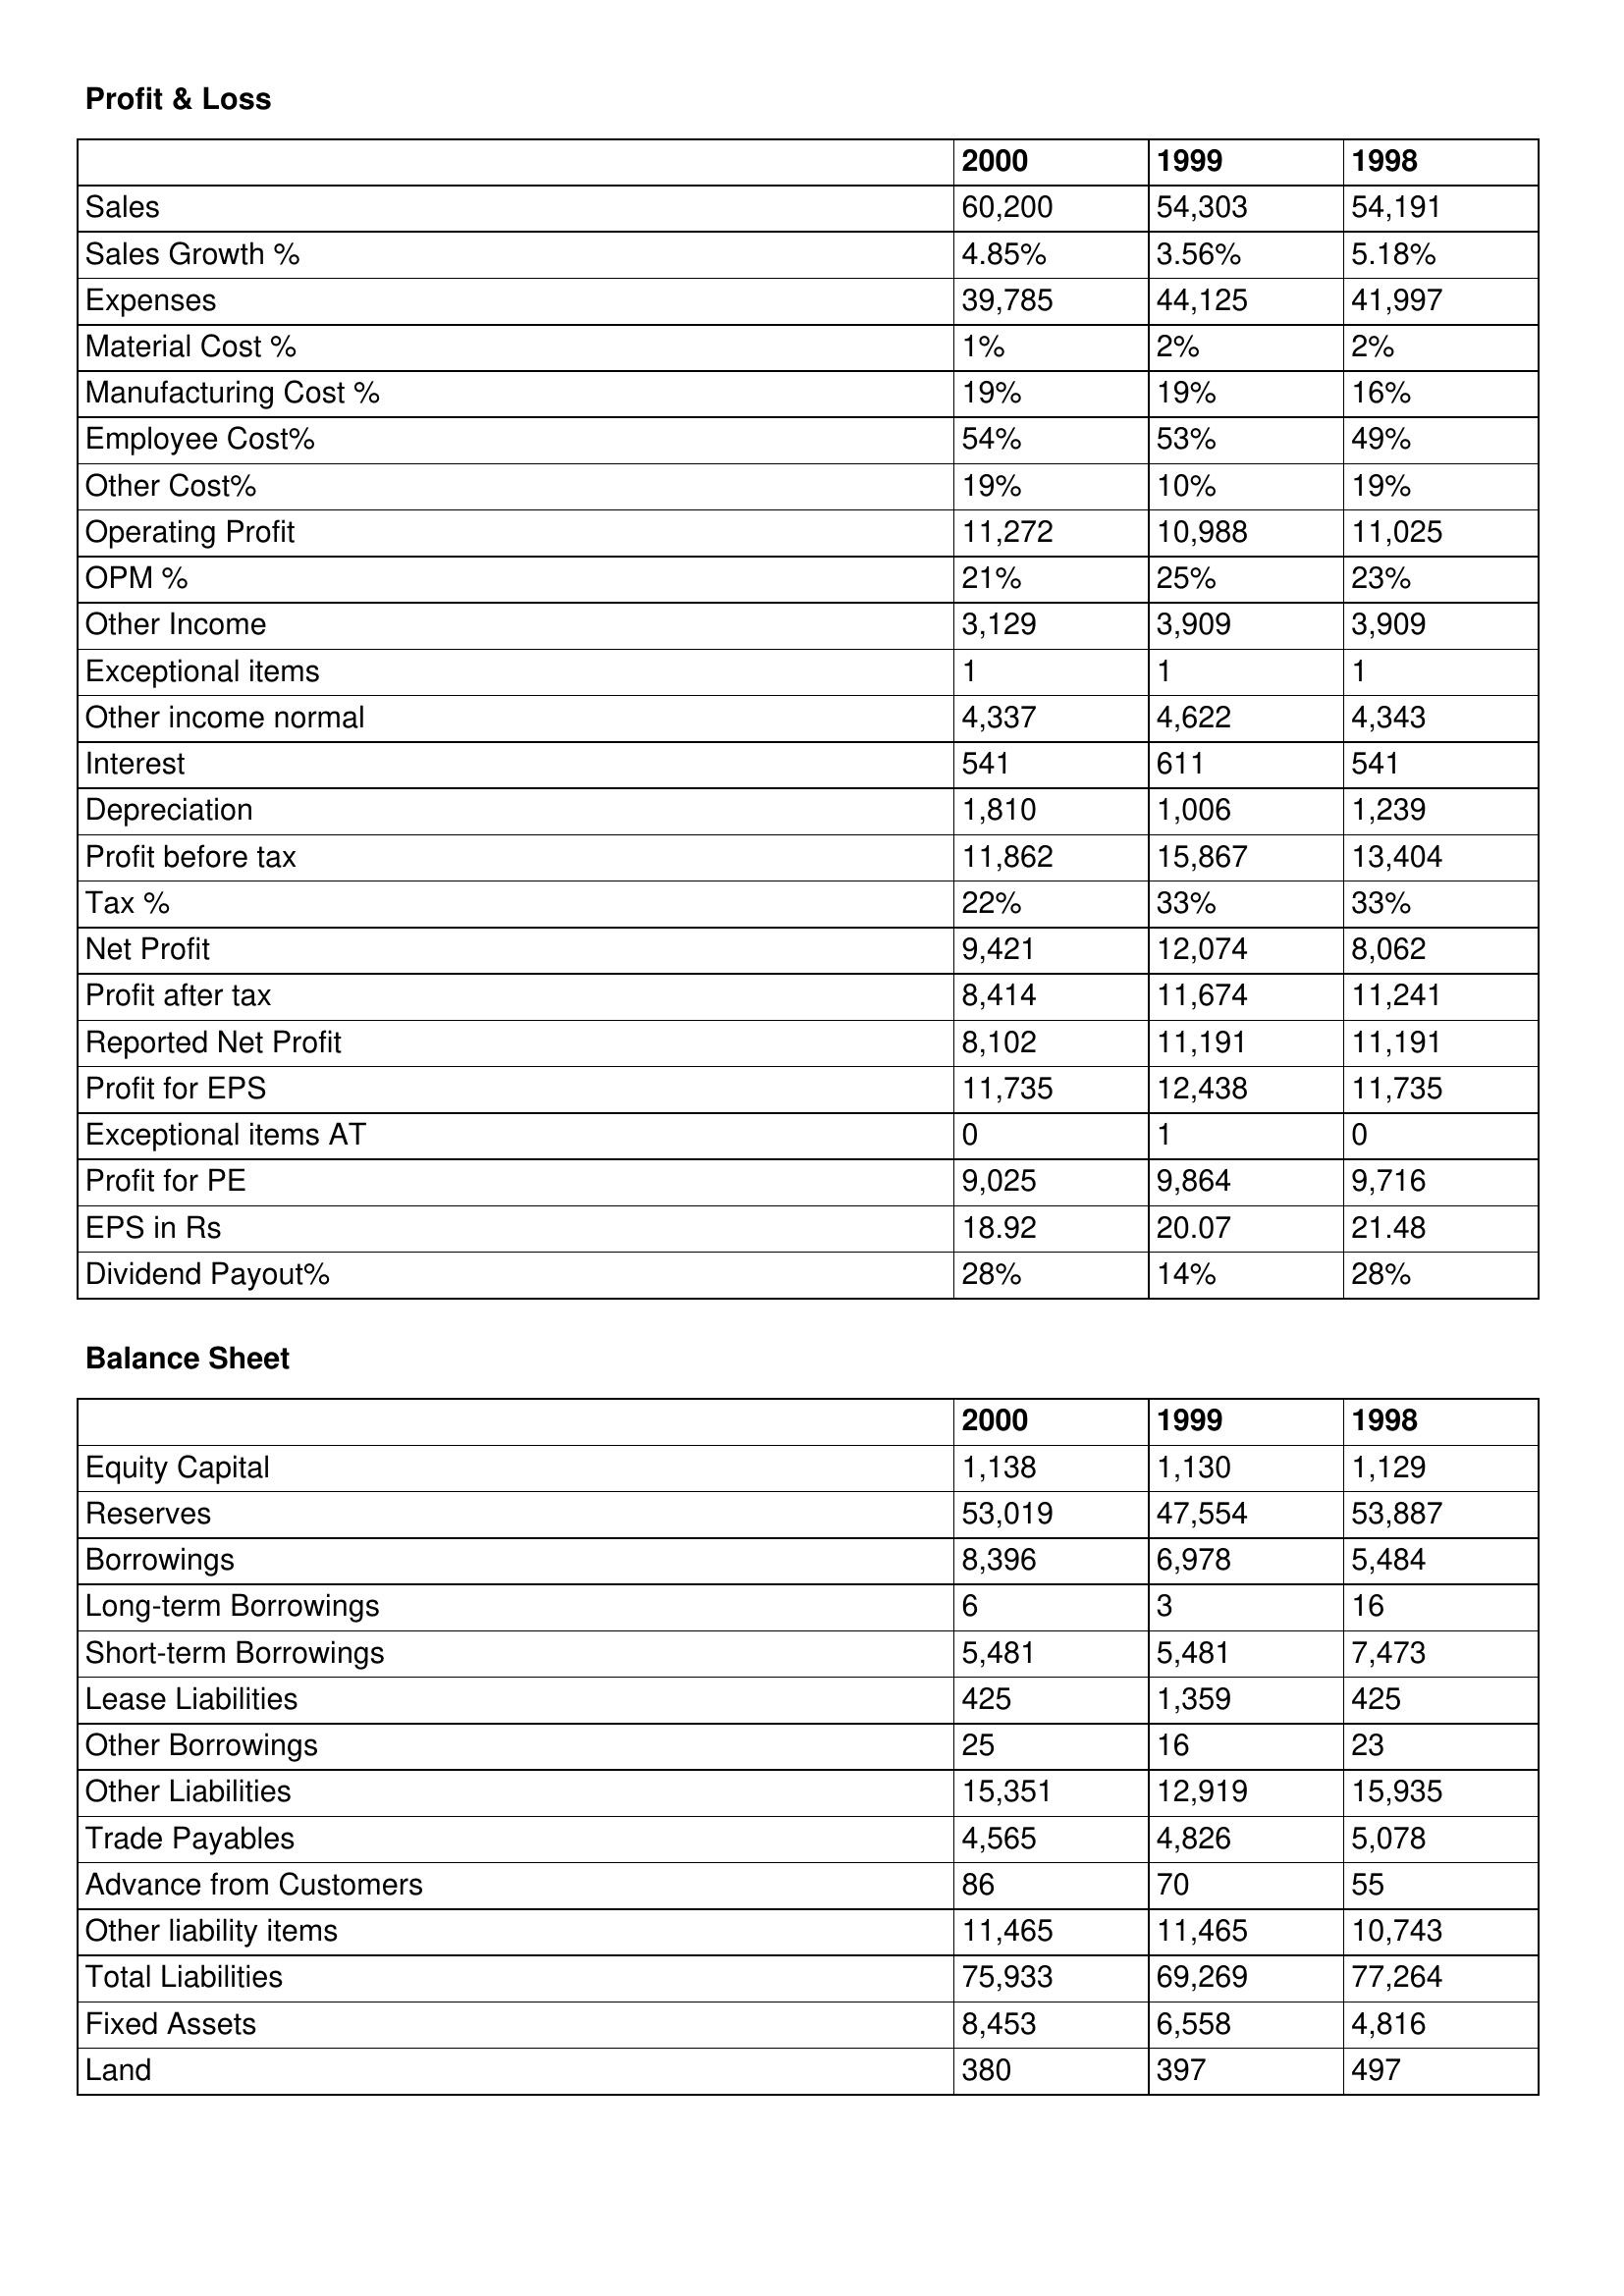
gt_parse: 2000: Profit & Loss: Sales: 60,200
Sales Growth %: 4.85%
Expenses: 39,785
Material Cost %: 1%
Manufacturing Cost %: 19%
Employee Cost%: 54%
Other Cost%: 19%
Operating Profit: 11,272
OPM %: 21%
Other Income: 3,129
Exceptional items: 1
Other income normal: 4,337
Interest: 541
Depreciation: 1,810
Profit before tax: 11,862
Tax %: 22%
Net Profit: 9,421
Profit after tax: 8,414
Reported Net Profit: 8,102
Profit for EPS: 11,735
Exceptional items AT: 0
Profit for PE: 9,025
EPS in Rs: 18.92
Dividend Payout%: 28%
Balance Sheet: Equity Capital: 1,138
Reserves: 53,019
Borrowings: 8,396
Long-term Borrowings: 6
Short-term Borrowings: 5,481
Lease Liabilities: 425
Other Borrowings: 25
Other Liabilities: 15,351
Trade Payables: 4,565
Advance from Customers: 86
Other liability items: 11,465
Total Liabilities: 75,933
Fixed Assets: 8,453
Land: 380
1999: Profit & Loss: Sales: 54,303
Sales Growth %: 3.56%
Expenses: 44,125
Material Cost %: 2%
Manufacturing Cost %: 19%
Employee Cost%: 53%
Other Cost%: 10%
Operating Profit: 10,988
OPM %: 25%
Other Income: 3,909
Exceptional items: 1
Other income normal: 4,622
Interest: 611
Depreciation: 1,006
Profit before tax: 15,867
Tax %: 33%
Net Profit: 12,074
Profit after tax: 11,674
Reported Net Profit: 11,191
Profit for EPS: 12,438
Exceptional items AT: 1
Profit for PE: 9,864
EPS in Rs: 20.07
Dividend Payout%: 14%
Balance Sheet: Equity Capital: 1,130
Reserves: 47,554
Borrowings: 6,978
Long-term Borrowings: 3
Short-term Borrowings: 5,481
Lease Liabilities: 1,359
Other Borrowings: 16
Other Liabilities: 12,919
Trade Payables: 4,826
Advance from Customers: 70
Other liability items: 11,465
Total Liabilities: 69,269
Fixed Assets: 6,558
Land: 397
1998: Profit & Loss: Sales: 54,191
Sales Growth %: 5.18%
Expenses: 41,997
Material Cost %: 2%
Manufacturing Cost %: 16%
Employee Cost%: 49%
Other Cost%: 19%
Operating Profit: 11,025
OPM %: 23%
Other Income: 3,909
Exceptional items: 1
Other income normal: 4,343
Interest: 541
Depreciation: 1,239
Profit before tax: 13,404
Tax %: 33%
Net Profit: 8,062
Profit after tax: 11,241
Reported Net Profit: 11,191
Profit for EPS: 11,735
Exceptional items AT: 0
Profit for PE: 9,716
EPS in Rs: 21.48
Dividend Payout%: 28%
Balance Sheet: Equity Capital: 1,129
Reserves: 53,887
Borrowings: 5,484
Long-term Borrowings: 16
Short-term Borrowings: 7,473
Lease Liabilities: 425
Other Borrowings: 23
Other Liabilities: 15,935
Trade Payables: 5,078
Advance from Customers: 55
Other liability items: 10,743
Total Liabilities: 77,264
Fixed Assets: 4,816
Land: 497